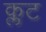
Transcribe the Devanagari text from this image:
क्लट